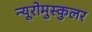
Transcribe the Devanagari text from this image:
न्यूरोमुस्कुलर